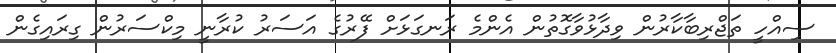
ސިއްހީ ތަޖްރިބާކާރުން ވިދާޅުވާގޮތުން އެންމެ ރަނގަޅަށް ފޭރުގެ އަސަރު ކުރާނީ މިކްސަރުން ގިރައިގެން